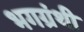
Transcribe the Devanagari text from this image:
भगग्रंथी